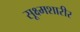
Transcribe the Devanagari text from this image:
सूक्ष्मशारीर